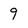
Character: 9